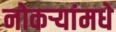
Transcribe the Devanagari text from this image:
नोकर्‍यांमधे